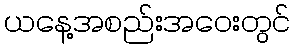
ယနေ့အစည်းအဝေးတွင်